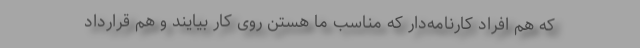
که هم افراد کارنامه‌دار که مناسب ما هستن روی کار بیایند و هم قرارداد